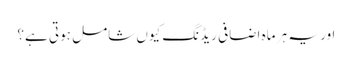
اور یہ ہر ماہ اضافی ریڈنگ کیوں شامل ہوتی ہے؟